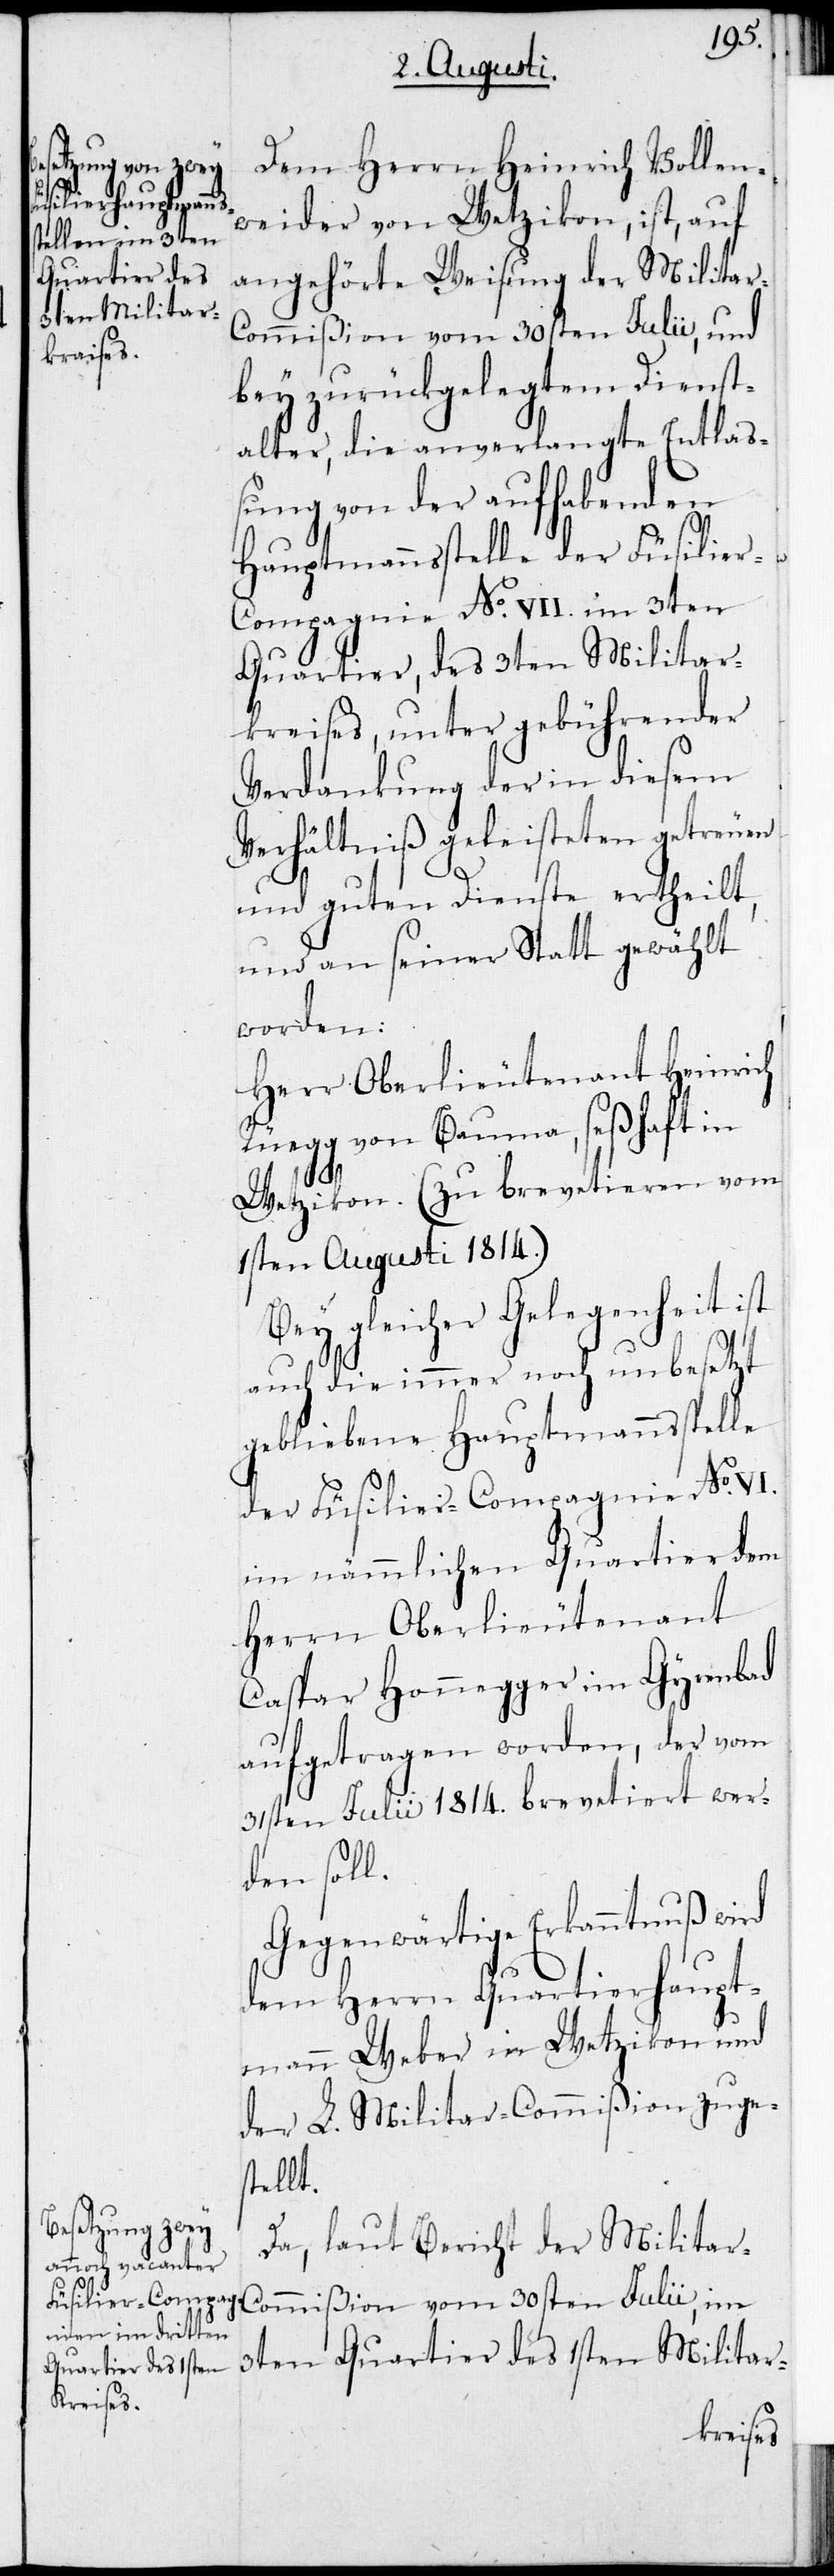
Dem Herrn Heinrich Vollen¬
weider von Wetzikon, ist, auf
angehörte Weisung der Militar-C¬
ommißion vom 30sten Julii, und
bey zurückgelegtem Dienst¬
alter, die anverlangte Entla¬
ßung von der aufhabenden
Hauptmannsstelle der Füsilier-C¬
ompagnie No VII. im 3ten
Quartier, des 3ten Militar¬
kreises, unter gebührender
Verdankung der in diesem
Verhältniß geleisteten getreuen
und guten Dienste ertheilt,
und an seiner Statt gewählt
worden:
Herr Oberlieutenant Heinrich
Rüegg von Bauma, seßhaft in
Wetzikon. (Zu brevetieren vom
1sten Augusti 1814.)
Bey gleicher Gelegenheit ist
auch die immer noch unbesetzt
gebliebene Hauptmannsstelle
der Füsilier-Compagnie No VI.
im nämmlichen Quartier dem
Herrn Oberlieutenant
Caspar Honegger im Gyrenbad
aufgetragen worden, der vom
31sten Julii 1814. brevetiert wer¬
den soll.
Gegenwärtige Erkanntnuß wird
dem Herrn Quartierhaupt¬
mann Weber in Wetzikon und
der L. Militar-Commißion zuge¬
stellt.
Da, laut Bericht der Militar-C¬
ommißion vom 30sten Julii, im
3ten Quartier des 1sten Militar-